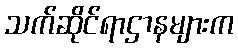
သက်ဆိုင်ရာဌာနများက